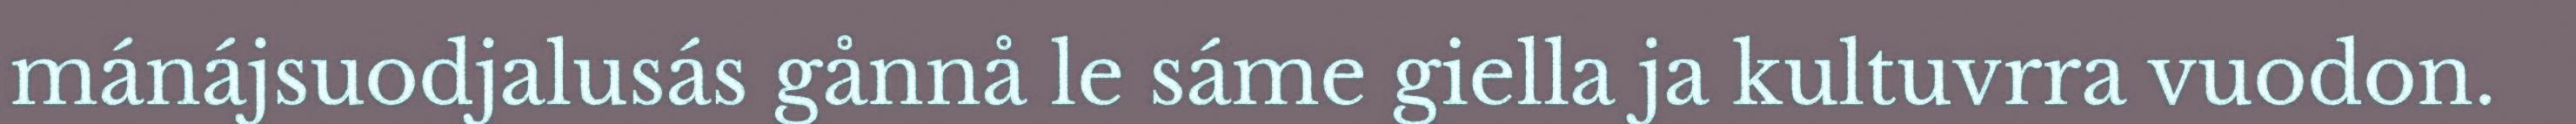
mánájsuodjalusás gånnå le sáme giella ja kultuvrra vuodon.